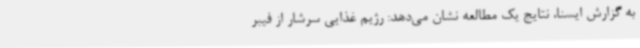
به گزارش ایسنا، نتایج یک مطالعه نشان می‌دهد: رژیم غذایی سرشار از فیبر